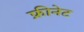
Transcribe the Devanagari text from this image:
फ्रीनेट